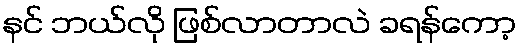
နင် ဘယ်လို ဖြစ်လာတာလဲ ခရန်ကော့